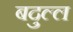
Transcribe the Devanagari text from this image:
बदुल्ल